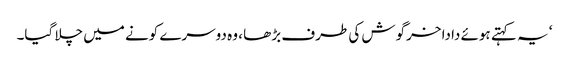
‘ یہ کہتے ہوئے دادا خرگوش کی طرف بڑھا ، وہ دوسرے کونے میں چلا گیا۔